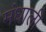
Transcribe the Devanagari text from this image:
मंधाली